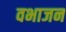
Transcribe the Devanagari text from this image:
वभाजन